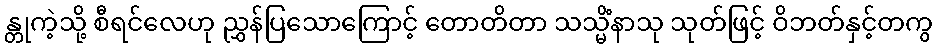
န္တုကဲ့သို့ စီရင်လေဟု ညွှန်ပြသောကြောင့် တောတိတာ သသ္မိံနာသု သုတ်ဖြင့် ဝိဘတ်နှင့်တကွ